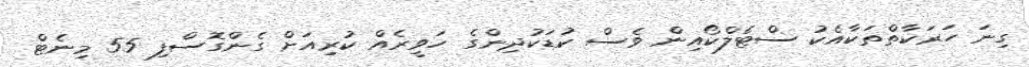
ގިނަ ހަރަކާތްތަކާއެކު ސްޓެލްކޯއިން ވެސް ކުޑަކުދިންގެ ހަވީރެއް ކުރިއަށް ގެންގޮސްފި 55 މިނެޓް